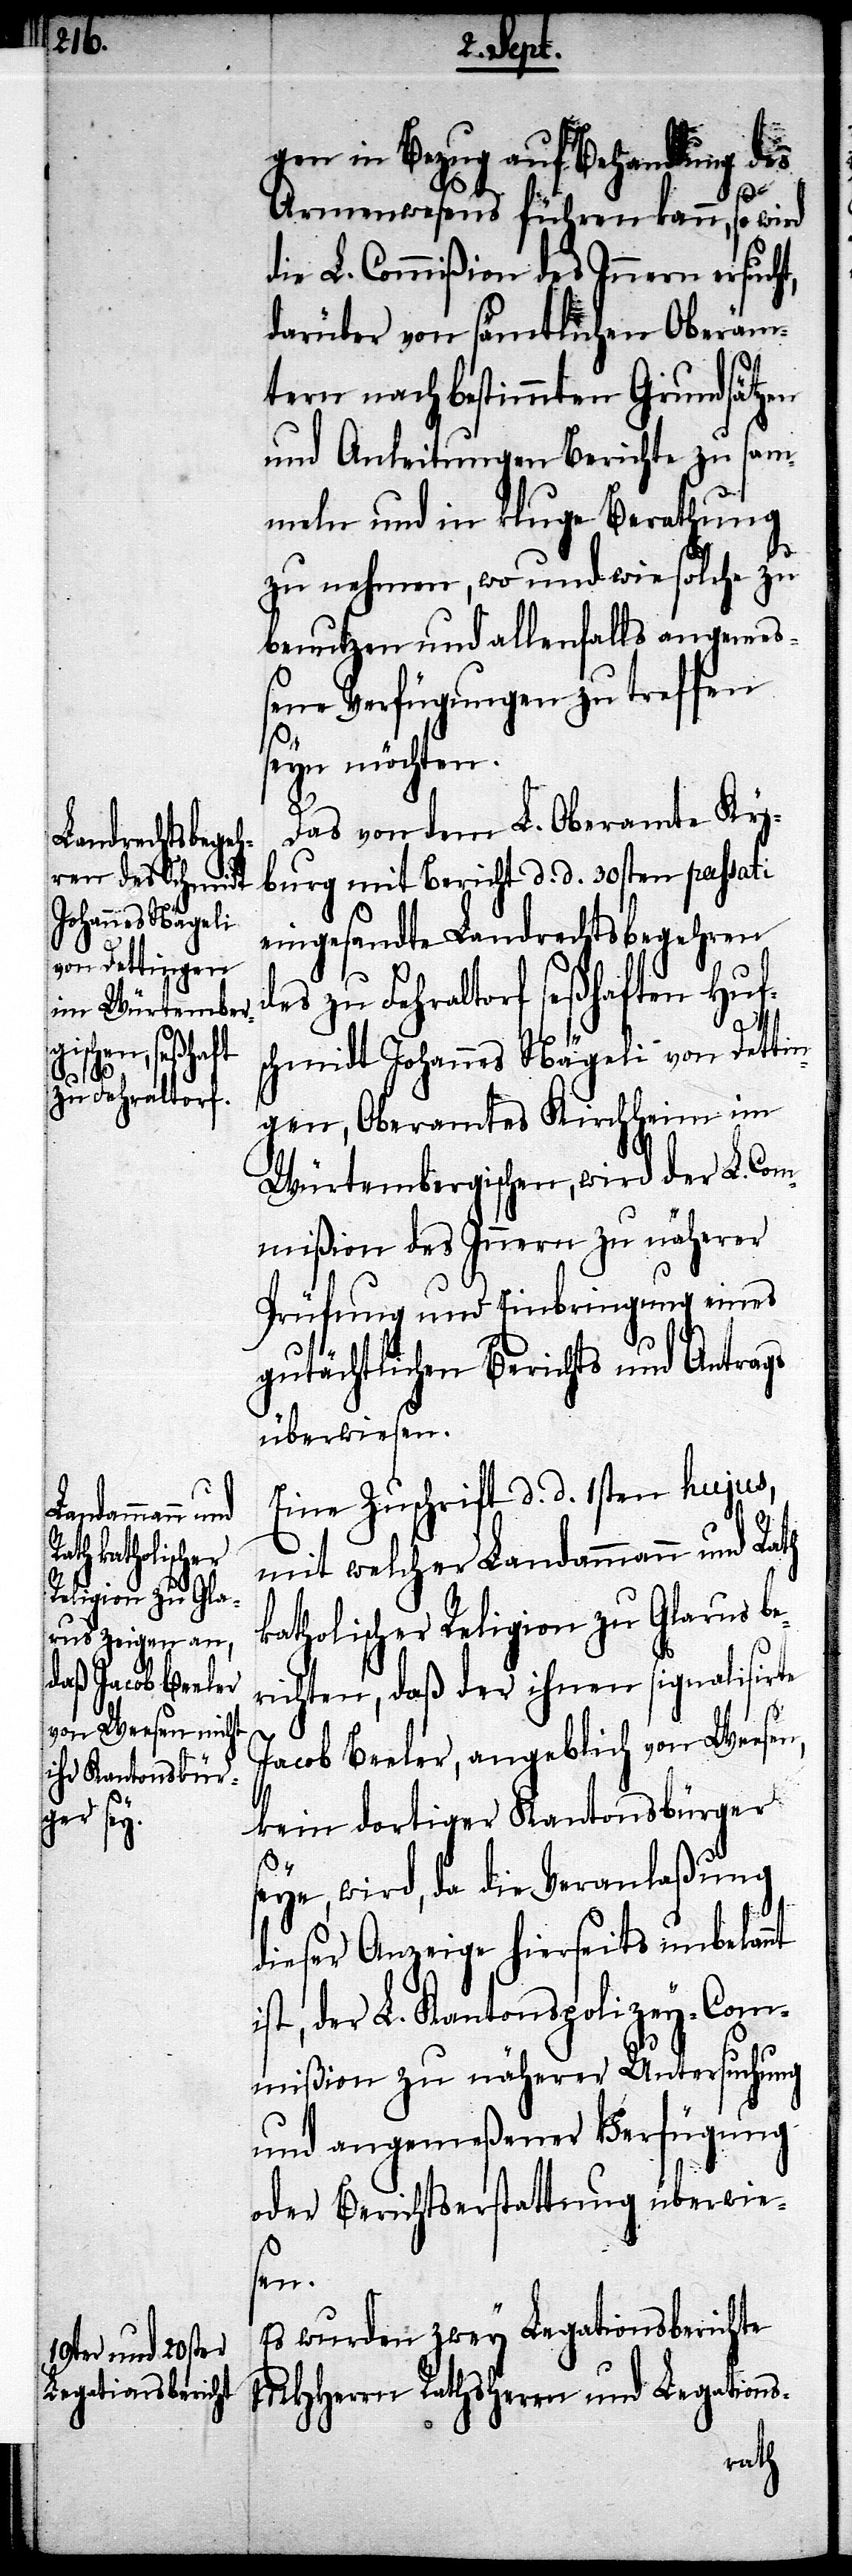
gen in Bezug auf Behandlung des
Armenwesens führen kann, so wird
die L. Commißion des Innern ersucht,
darüber von sämtlichen Oberäm¬
tern nach bestimmten Grundsätzen
und Anleitungen Berichte zu sam¬
meln und in kluge Berathung
nehmen und allenfalls angemeß¬
ene Verfügungen zu treffen
seyn möchten.
Das von dem L. Oberamte Ky¬
burg mit Bericht d. d. 30sten passati
eingesandte Landrechtsbegehren
des zu Fehraltorf seßhaften Huf¬
schmidt Johannes Nägeli von Detti¬
nt i¬
ngen, Oberamtes Kirchheim im
Würtembergischen, wird der L. Com¬
mißion des Innern zu näherer
Prüfung und Einbringung eines
gutächtlichen Berichts und Antrags
überwiesen.
Eine Zuschrift d. d. 1sten hujus,
herrn und
mit welcher Landammann und Rath
katholischer Religion zu Glarus be¬
richten, daß der ihnen signalisirte
Jacob Beeler, angeblich von Weesen,
kein dortiger Kantonsbürger
seye, wird, da die Veranlaßung
dieser Anzeige hierseits unbekan¬
st, der L. Kantonspolizey-Com¬
mißion zu näherer Untersuchung
und angemeßener Verfügung
oder Berichtserstattung überwie¬
sen.
Es wurden zwey Legationsberichte
Raths¬